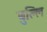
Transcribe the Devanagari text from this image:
बुल्लि